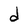
Character: d